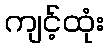
ကျင့်ထုံး